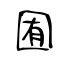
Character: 囿